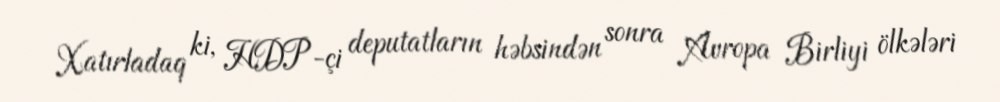
Xatırladaq ki, HDP-çi deputatların həbsindən sonra Avropa Birliyi ölkələri